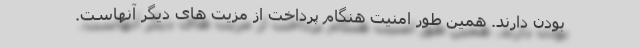
بودن دارند. همین طور امنیت هنگام پرداخت از مزیت های دیگر آنهاست.